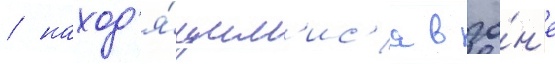
/ наход'я́щим'ис'я в зо́н'е